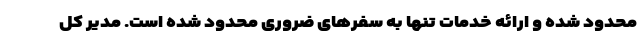
محدود شده و ارائه خدمات تنها به سفرهای ضروری محدود شده است. مدیر کل